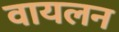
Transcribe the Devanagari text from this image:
वायलन